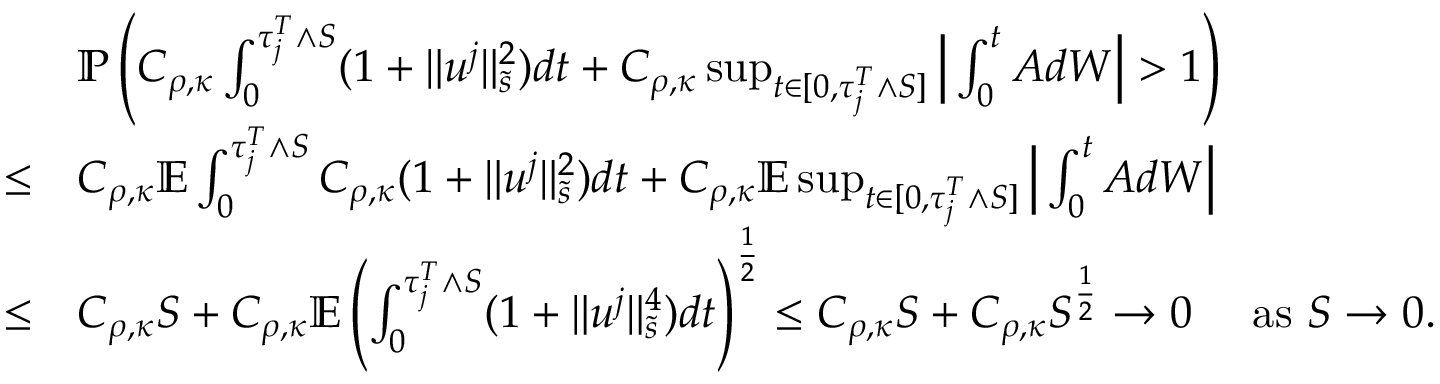
\begin{array} { r l } & { \mathbb P \left( C _ { \rho , \kappa } \int _ { 0 } ^ { \tau _ { j } ^ { T } \wedge S } ( 1 + \| u ^ { j } \| _ { \tilde { s } } ^ { 2 } ) d t + C _ { \rho , \kappa } \operatorname* { s u p } _ { t \in [ 0 , \tau _ { j } ^ { T } \wedge S ] } \Big | \int _ { 0 } ^ { t } A d W \Big | > 1 \right) } \\ { \leq } & { C _ { \rho , \kappa } \mathbb E \int _ { 0 } ^ { \tau _ { j } ^ { T } \wedge S } C _ { \rho , \kappa } ( 1 + \| u ^ { j } \| _ { \tilde { s } } ^ { 2 } ) d t + C _ { \rho , \kappa } \mathbb E \operatorname* { s u p } _ { t \in [ 0 , \tau _ { j } ^ { T } \wedge S ] } \Big | \int _ { 0 } ^ { t } A d W \Big | } \\ { \leq } & { C _ { \rho , \kappa } S + C _ { \rho , \kappa } \mathbb E \left( \int _ { 0 } ^ { \tau _ { j } ^ { T } \wedge S } ( 1 + \| u ^ { j } \| _ { \tilde { s } } ^ { 4 } ) d t \right) ^ { \frac 1 2 } \leq C _ { \rho , \kappa } S + C _ { \rho , \kappa } S ^ { \frac 1 2 } \to 0 \quad \mathrm { ~ a s ~ } S \to 0 . } \end{array}